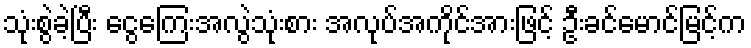
သုံးစွဲခဲ့ပြီး ငွေကြေးအလွဲသုံးစား အလုပ်အကိုင်အားဖြင့် ဦးခင်မောင်မြင့်က